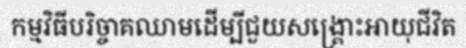
កម្មវិធីបរិច្ចាគឈាមដើម្បីជួយសង្គ្រោះអាយុជីវិត